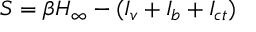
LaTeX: S = \beta H _ { \infty } - ( I _ { v } + I _ { b } + I _ { c t } )